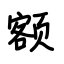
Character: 额